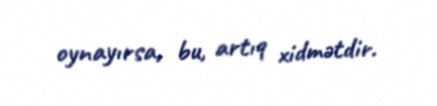
oynayırsa, bu, artıq xidmətdir.